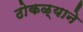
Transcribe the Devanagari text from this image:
ठोकळ्याने